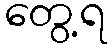
တွေ့ရ